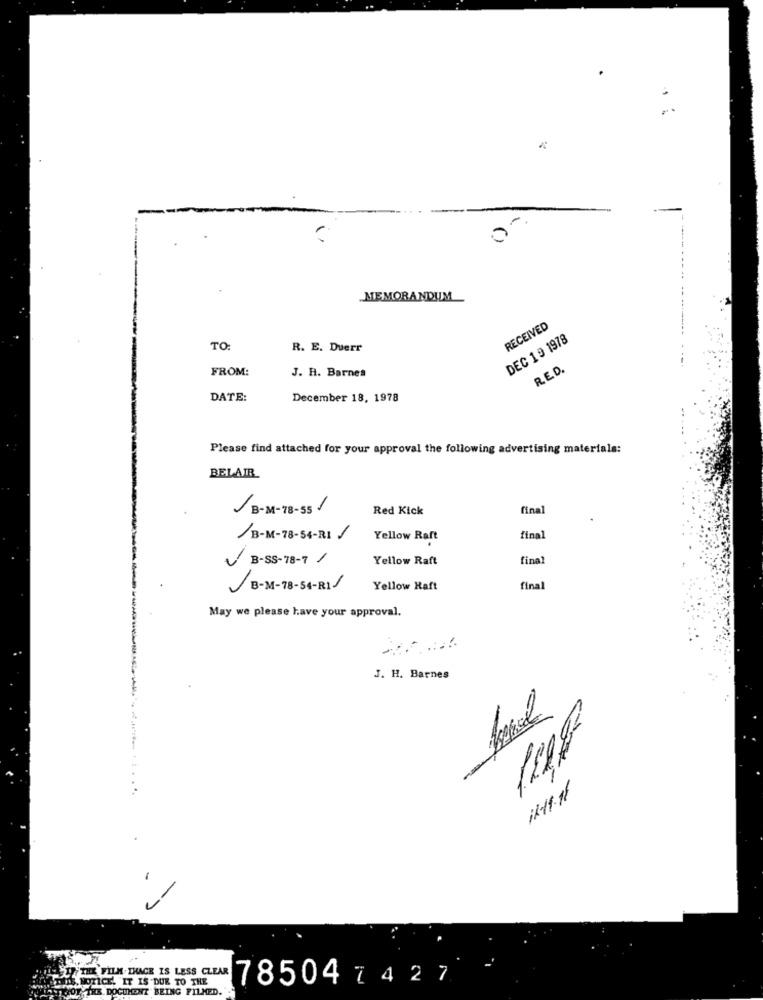
------- --
MEMORANDUM
RECEIVED
DEC 19 1978
TO:
R. E. Duerr
FROM:
J. H. Barnes
RED.
DATE:
December 18, 1978
Please find attached for your approval the following advertising materials:
BELAIR
m
B-M-78-55 /
Red Kick
final
/B-M-78-54-RI /
Yellow Raft
final
B-SS-78-7 /
Yellow Raft
fina?
B-M-78-54-RIJ
Yellow Haft
final
May we please have your approval.
J. H. Barnes
150g
ik-19.11
FILM. IHACE IS LESS CLEAR
LETOS. NOTICE. IT IS DUE TO THE
785047427
TOT THE DOCUMENT BEING FILMED.